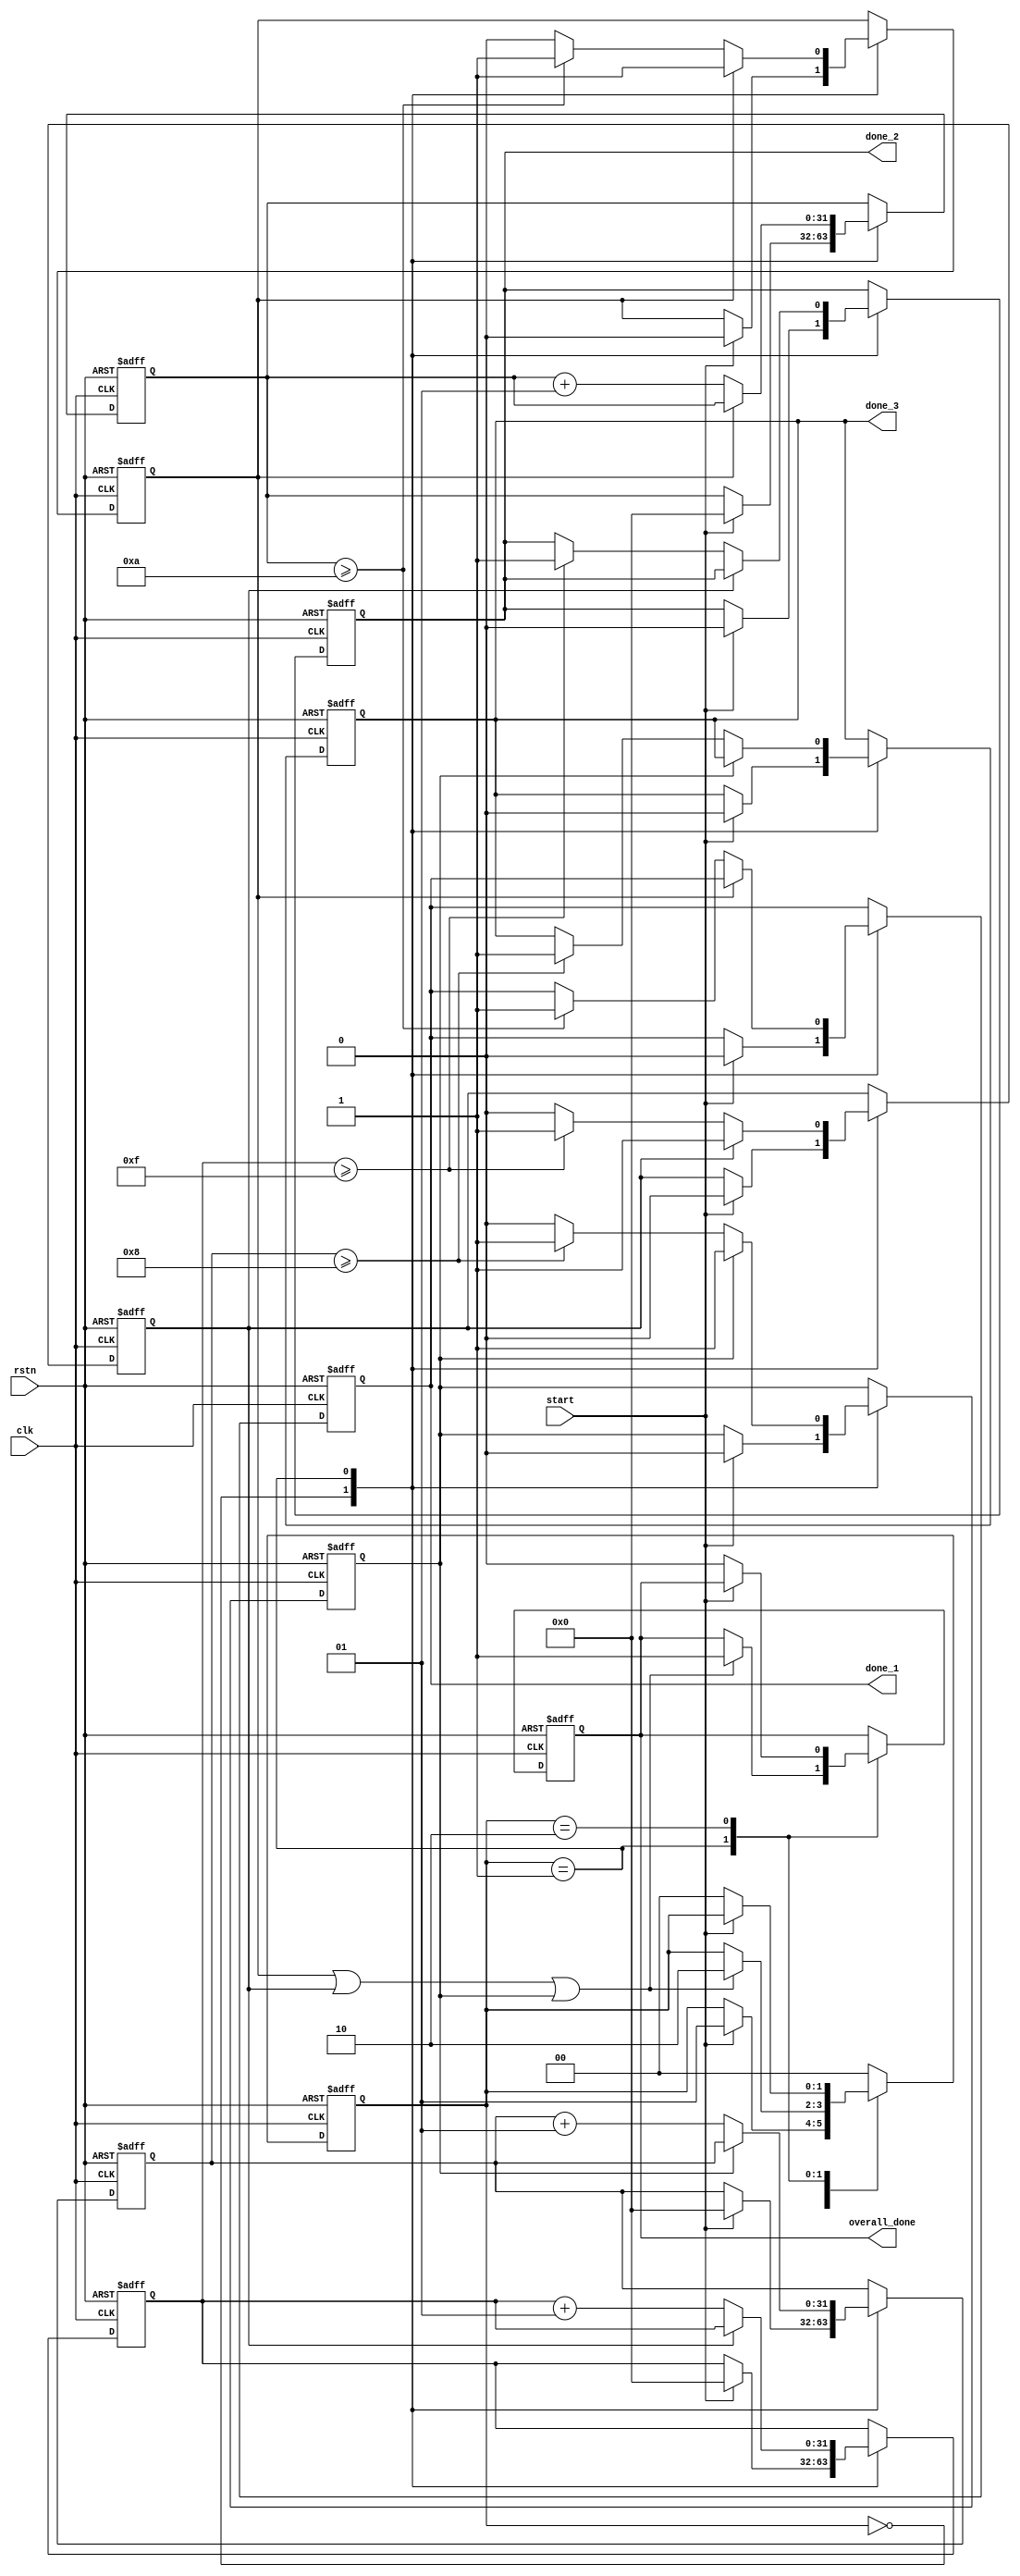
module fork_join_any (
    input wire clk,
    input wire rstn,
    input wire start,
    output reg done_1,
    output reg done_2,
    output reg done_3,
    output reg overall_done
);

    // State Definitions
    parameter IDLE = 2'b00, EXECUTE = 2'b01, DONE = 2'b10;
    reg [1:0] state;
    
    // Internal flags to track process completions
    reg process_1_done;
    reg process_2_done;
    reg process_3_done;

    // Process execution durations
    localparam PROCESS_1_DURATION = 10; // for example: 10 clock cycles
    localparam PROCESS_2_DURATION = 15; // for example: 15 clock cycles
    localparam PROCESS_3_DURATION = 8;  // for example: 8 clock cycles

    // Process counters
    integer p1_counter, p2_counter, p3_counter;

    // Sequential process to manage state
    always @(posedge clk or negedge rstn) begin
        if (!rstn) begin
            state <= IDLE;
            overall_done <= 0;
            done_1 <= 0;
            done_2 <= 0;
            done_3 <= 0;
            process_1_done <= 0;
            process_2_done <= 0;
            process_3_done <= 0;
            p1_counter <= 0;
            p2_counter <= 0;
            p3_counter <= 0;
        end
        else begin
            case (state)
                IDLE: begin
                    if (start) begin
                        // Reset done signals and counters
                        done_1 <= 0;
                        done_2 <= 0;
                        done_3 <= 0;
                        process_1_done <= 0;
                        process_2_done <= 0;
                        process_3_done <= 0;
                        p1_counter <= 0;
                        p2_counter <= 0;
                        p3_counter <= 0;
                        
                        // Move to EXECUTE state
                        state <= EXECUTE;
                    end
                end
                
                EXECUTE: begin
                    // Simulate concurrent execution
                    if (!process_1_done) begin
                        p1_counter <= p1_counter + 1;
                        if (p1_counter >= PROCESS_1_DURATION) begin
                            done_1 <= 1;
                            process_1_done <= 1;
                        end
                    end
                    
                    if (!process_2_done) begin
                        p2_counter <= p2_counter + 1;
                        if (p2_counter >= PROCESS_2_DURATION) begin
                            done_2 <= 1;
                            process_2_done <= 1;
                        end
                    end
                    
                    if (!process_3_done) begin
                        p3_counter <= p3_counter + 1;
                        if (p3_counter >= PROCESS_3_DURATION) begin
                            done_3 <= 1;
                            process_3_done <= 1;
                        end
                    end

                    // Check if any process is done
                    if (process_1_done || process_2_done || process_3_done) begin
                        overall_done <= 1;
                        state <= DONE;
                    end
                end
                
                DONE: begin
                    // Handle completion logic (if any)
                    // Example: Stay in DONE state until reset
                    if (!start) begin
                        // Reset system when start goes low
                        state <= IDLE;
                        overall_done <= 0;
                    end
                end

                default: state <= IDLE;
            endcase
        end
    end

endmodule